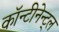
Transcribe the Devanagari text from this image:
कॉन्टीनेन्ट्ल